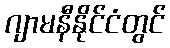
ဂျာမနီနိုင်ငံတွင်